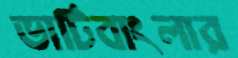
ভাটিবাংলার